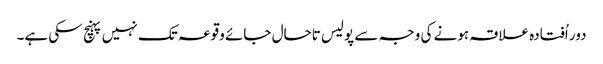
دور اُفتادہ علاقہ ہونے کی وجہ سے پولیس تاحال جائے وقوعہ تک نہیں پہنچ سکی ہے۔